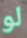
لو